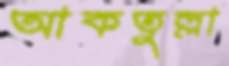
আকতুল্লা